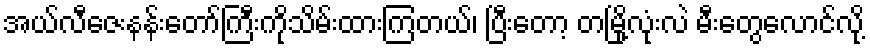
အယ်လီဇေးနန်းတော်ကြီးကိုသိမ်းထားကြတယ်၊ ပြီးတော့ တမြို့လုံးလဲ မီးတွေလောင်လို့